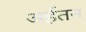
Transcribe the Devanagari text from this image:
अर्हतन